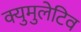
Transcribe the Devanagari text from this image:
क्युमुलेटिव